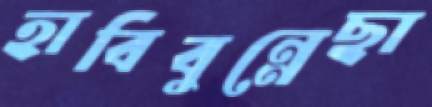
হাবিবুন্নেছা